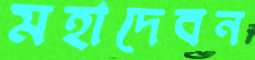
মহাদেবন